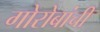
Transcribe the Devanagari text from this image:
गोरोबांची